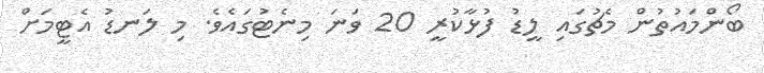
ބޯންމައުތުން މެޗުގައި ލީޑު ފުޅާކުރީ 20 ވަނަ މިނެޓުގައެވެ. މި ލަނޑު އެޓީމަށް